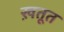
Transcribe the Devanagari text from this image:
ख़तूत